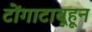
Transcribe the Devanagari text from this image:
टोंगाटाबूहून